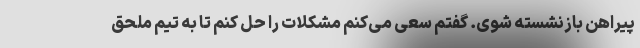
پیراهن بازنشسته شوی. گفتم سعی می‌کنم مشکلات را حل کنم تا به تیم ملحق